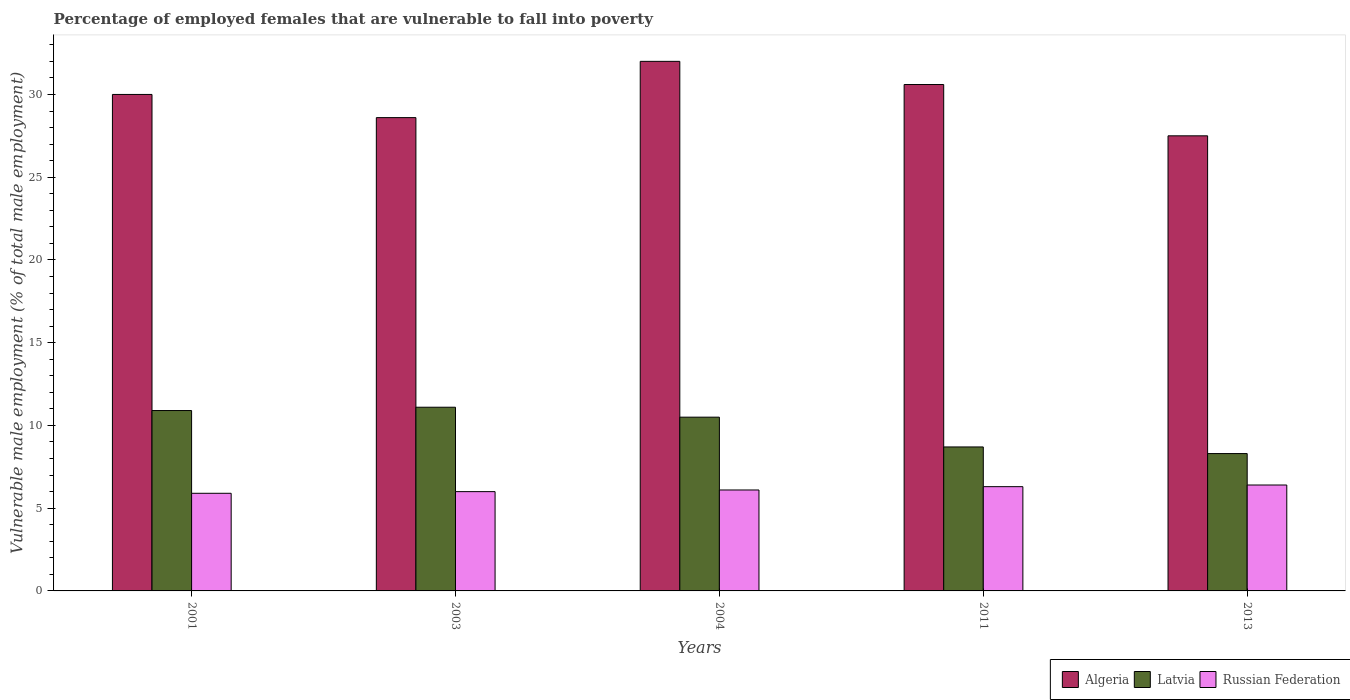
| Years | Algeria | Latvia | Russian Federation |
 | --- | --- | --- | --- |
 | 2001 | 30 | 10.9 | 5.9 |
 | 2003 | 28.6 | 11.1 | 6 |
 | 2004 | 32 | 10.5 | 6.1 |
 | 2011 | 30.6 | 8.7 | 6.3 |
 | 2013 | 27.5 | 8.3 | 6.4 |